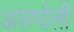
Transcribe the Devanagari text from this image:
असमोली